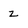
Character: z